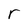
Character: r